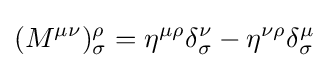
(M^{\mu \nu })_{\sigma }^{\rho }=\eta ^{\mu \rho }\delta _{\sigma }^{\nu }-\eta ^{\nu \rho }\delta _{\sigma }^{\mu }